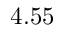
4 . 5 5